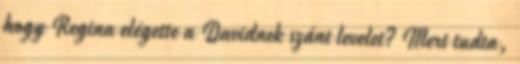
hogy Regina elégette a Davidnek szánt levelet? Mert tudta,